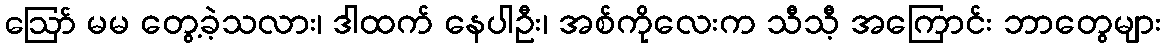
ဪ မမ တွေ့ခဲ့သလား၊ ဒါထက် နေပါဦး၊ အစ်ကိုလေးက သီသီ့ အကြောင်း ဘာတွေများ